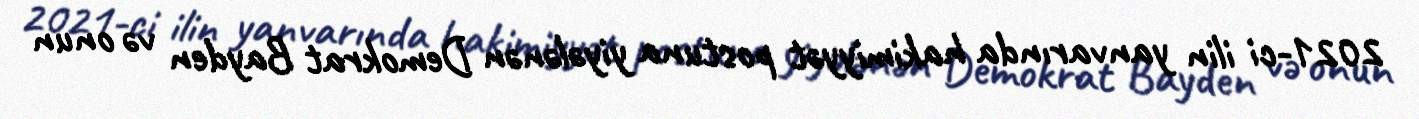
2021-ci ilin yanvarında hakimiyyət postuna yiyələnən Demokrat Bayden və onun